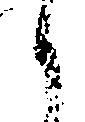
御